Civil Veterinary Department Bihar & Orissa reports 1922-29 - 1922-1929
Year: 1922
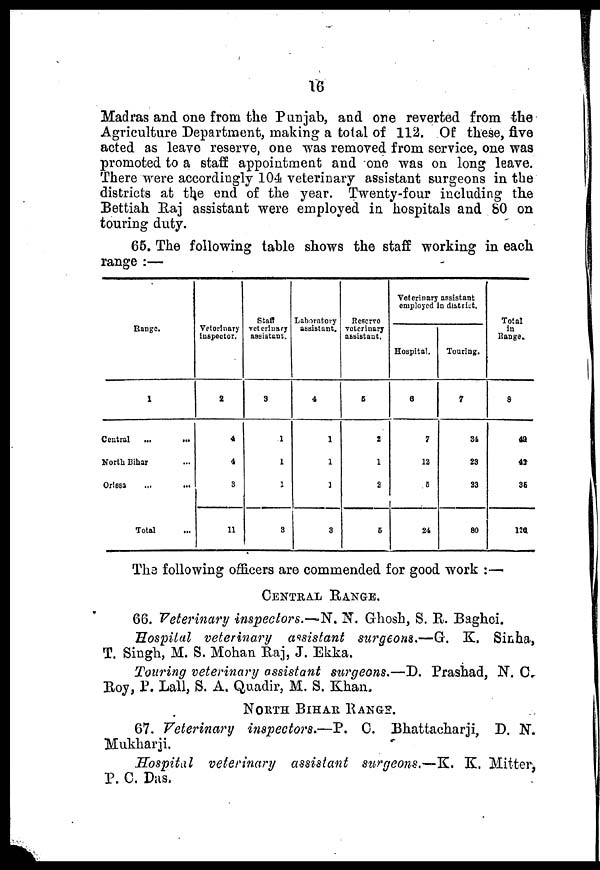
16
Madras and one from the Punjab, and one reverted from the
Agriculture Department, making a total of 112. Of these, five
acted as leave reserve, one was removed from service, one was
promoted to a staff appointment and one was on long leave.
There were accordingly 104 veterinary assistant surgeons in the
districts at the end of the year. Twenty-four including the
Bettiah Raj assistant were employed in hospitals and 80 on
touring duty.
65. The following table shows the staff working in each
range :—
Range.
1
Central
...
...
Nortt Bihar
Orissa
Total
Veterinary
inspector.
2
4
4
3
11
Staff
Veterinary
assistant.
3
1
1
1
8
Laboratory
assistant.
4
1
1
1
3
Reservo
Veterinary
assistant,
5
2
1
2
6
Veterinary
employed
assistant
n district.
Hospital.
6
7
13
5
24
Touring.
7
84
23
23
80
Total
In
Range.
8
42
43
SB
12a
Th3 following officers are commended for good work :—
CENTRAL RANGE.
66. Veterinary inspectors.-N. N. Ghosh, S. R. Baghei.
Hospital veterinary assistant surgeons.—G. K. Sinha,
T. Singh, M. S. Mohan Raj, J. Ekka.
Touring veterinary assistant surgeons.—D. Prashad, N. C.
Roy, P. Lall, S. A. Quadir, M. S. Khan.
NORTH BIHAR RANGE.
67. Veterinary inspectors.—P. 0. Bhattacharji, D. N.
Mukharji.
Hospital veterinary assistant surgeons.—K. K. Mitter.
P. C. Das.